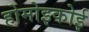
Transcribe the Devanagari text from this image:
होमोइकोई